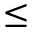
\leq